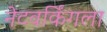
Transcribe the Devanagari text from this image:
नेटवर्किंगला